King Institute of Preventive Medicine Micro-Biological Section reports 1912-19
Year: 1912
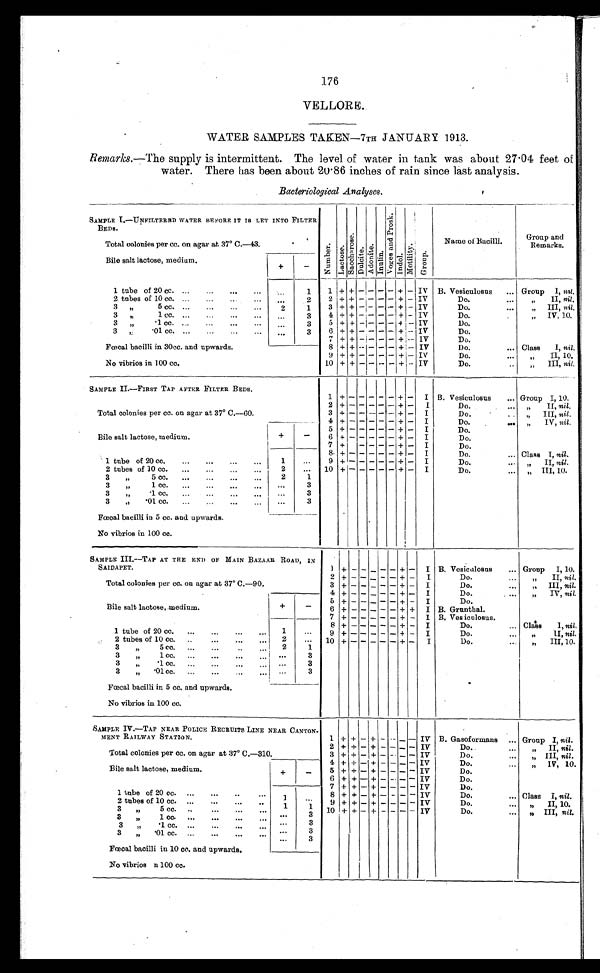
176
VELLORE.
WATER SAMPLES TAKEN—7TH JANUARY 1913.
Remarks .—The supply is intermittent. The level of water in tank was about 27.04 feet of
water. There has been about 20.86 inches of rain since last analysis.
Bacteriological Analyses.
SAMPLE I.—UNFILTERED WATER BEFORE IT IS LET INTO FILTER
BEDS.
Numbe r . La c t o s e . Sa c c h a r o s e .
Du l c i t e .
Adoni t e .
I nul i n.
V o g e s a n d P r o s k .
I ndol .
Mot i l i t y.
Group.
Name of Bacilli.
Grou and
Remarks.
Total colonies per cc. on agar at 37° C.—43.
Bile salt lactose, medium.
+
-
1 tube of 20 cc. ...
...
...
...
. . .
1
1 + + - - - - + - IV B. Vesiculosus
... Group I, nil.
2 tubes of 10 cc. ...
...
...
...
. . .
2
2 + + - - - - + - IV
Do.
...
„
II, nil.
3
„
5 cc.
...
...
...
...
2
1
3 + + - - - - + - IV
Do.
...
„ III, nil.
3
„
1 cc. ... ... ... ...
. . .
3
4 + + - - - - + - IV
Do.
„ IV, 10.
3
„
. 1 c c .
. . .
. . .
. . .
...
. . .
3
5 + + - - - - + - IV
Do.
3
„
. 0 1 c c .
. . .
. . .
. . .
...
. . .
3
6 + + - - - - + - IV
Do.
Fœcal bacilli in 30cc. and upwards.
7 + + - - - - + - IV
Do.
8 + + - - - - + - IV
Do.
...
Class
I, nil.
9 + + - - - - + - IV
Do.
...
„ I I , 1 0 .
No vibrios in 100 cc.
1 0 + + - - - - + - IV
Do.
...
„ I I I ,
n i l .
SAMPLE II.—FIRST TAP AFTER FILTER BEDS.
1 + - - - - -
+ - I B. Vesiculosus
... Group I, 10.
Total colonies per co. on agar at 37° C.—60.
2 + -
- - - - + - I
Do.
...
„
II, nil.
3 + -
- - - - + - I
Do.
...
„ I I I ,
n i l .
4 + -
- - - - + - I
Do.
...
„
IV, nil.
5 + -
- - - - + - I
Do.
...
Bile salt lactose, medium.
+
-
6 + -
- - - - + - I
Do.
...
7 + -
- - - - + - I
Do.
...
8 + -
- - - - + - I
Do.
...
Class I, nil.
1 tube of 20 cc.
...
...
...
...
1
. . .
9 + -
- - - - + - I
Do.
...
„ I I ,
n i l .
2 tubes of 10 cc.
...
...
...
...
2
. . .
1 0 + - - - - - + - I
Do.
...
„ I I I , 1 0 .
3 „ 5 cc.
...
...
...
...
2
1
3 „ 1 cc.
...
...
...
...
. . .
3
„ .1cc.
...
...
...
...
. . .
3
3 „ .01
...
...
...
...
cc.
. . .
3
Fœcal bacilli in 5 cc. and. upwards.
No vibrios in 100 cc.
SAMPLE III.—TAP AT THE END OF MAIN BAZAAR ROAD, IN
SAIDAPET.
1 + - - - - +
- I B. Vesiculosus
... Group I, 10.
2 + - - - - +
- I
Do.
...
„
II, nil.
Total colonies per cc. on agar at 37° C.—90.
3 + - - - - +
- I
Do.
...
„ I I I ,
n i l .
4 + - - - - +
- I
Do.
...
„ IV, nil.
Bile salt lactose, .medium.
+
-
5 + - - - - +
- I
Do.
...
6 + - - - - +
- I B. Grunthal.
7 + - - - - +
- I B. Vesiculosus.
1 tube of 20 cc.
...
...
...
...
1
. . .
8 + - - - - +
- I
Do.
... Class
I, nil.
2 tubes of 10 cc. ... ... ... ...
2
...
9 + - - - - +
- I
Do.
...
„ I I ,
n i l .
3
„
5 cc. ...
...
. . .
2
1
1 0 + - - - - +
-
I
Do.
...
„ I I I 1 0 .
3
„
1 c c .
. . .
. . .
.
. .
. . .
3
3
„
. 1 c c .
. . .
. . .
.
. .
. . .
3
3
„
. 0 1 c c .
. . .
. . .
. . .
. . .
3
Fœcal bacilli in 5 cc. and upwards.
No vibrios in 100 cc.
SAMPLE IV.—TAP NEAR POLICE RECRUITS LINE NEAR CANTON
¬MENT RAILWAY STATION.
1 +
+ - + - - - IV B. Gasoformans ... Group I, nil.
Total colonies per cc. on agar at 37° C.—310.
2 +
+ - + - - - IV
Do.
...
„ II, nil.
3 +
+ - + - - - IV
Do.
...
„ I I I ,
n i l
.
Bile salt lactose, medium.
+
-
4 +
+ - + - - - IV
Do.
...
„ I V , 1 0 .
5 +
+ - + - - - IV
Do.
6 +
+ - + - - - IV
Do.
1 tube of 20 cc. ...
...
...
1
. . .
7 +
+ - + - - - IV
Do.
2 tubes of 10 cc. ...
...
.. .
1
1
8 +
+ - + - - - IV
Do.
...
Class I, nil.
3
„
5 cc. ... . . .
. . .
. . . . . .
3
9 +
+ - + - - - IV
Do.
...
„ II, 10.
3
„
1 cc. ... . . .
. . .
.. .
. . .
3
1 0 +
+ - + - - -
I V
Do.
...
„
III, nil.
3
„
. 1 c c .
. . .
. . .
. . .
. .
.
. . .
3
3
„
. 0 1 c c .
. . .
. . .
. . .
. . .
. . .
3
Fœcal bacilli in 10 cc. and upwards.
No vibrios n 100 cc.